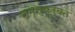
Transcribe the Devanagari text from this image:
नमस्कुर्वते